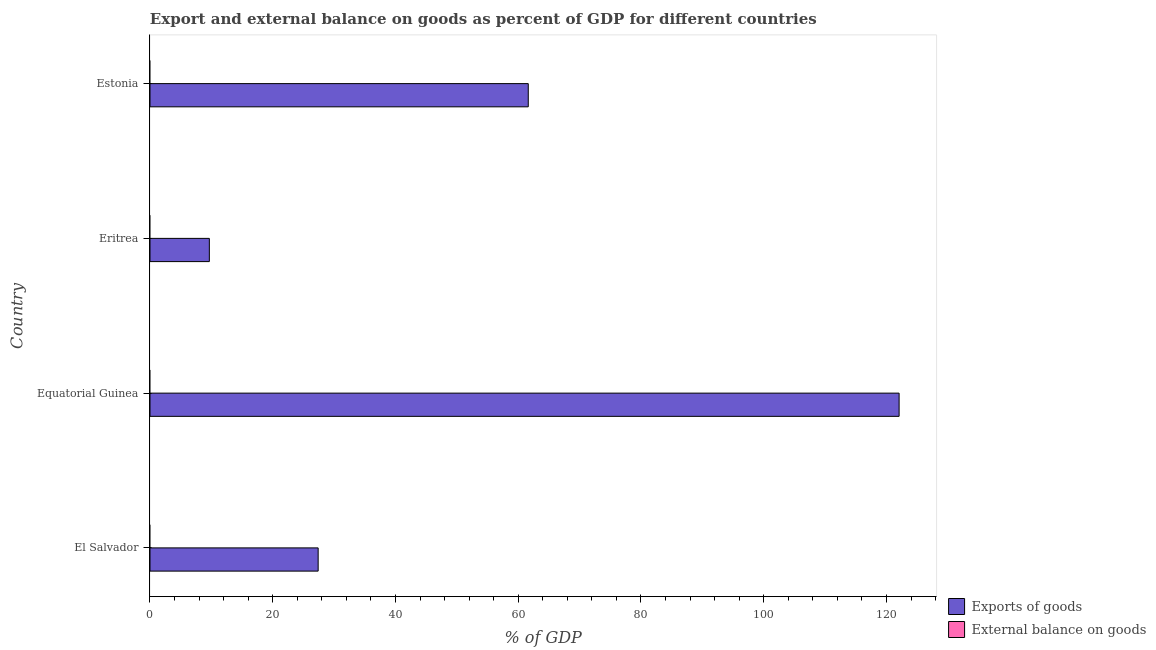
| Country | Exports of goods | External balance on goods |
 | --- | --- | --- |
 | El Salvador | 27.4 | -15 |
 | Equatorial Guinea | 122 | -90 |
 | Eritrea | 9.67 | -48.5 |
 | Estonia | 61.6 | -3.24 |